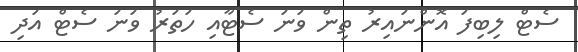
ސެޓް ލިބިފަ އޮންނައިރު ތިން ވަނަ ސެޓާއި ހަތަރު ވަނަ ސެޓް އަދި